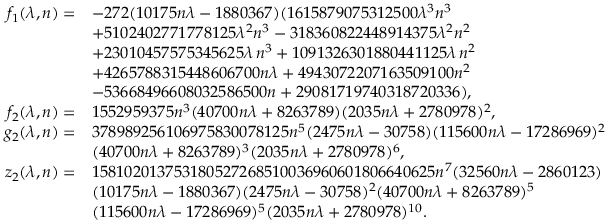
\begin{array} { r l } { f _ { 1 } ( \lambda , n ) = } & { - 2 7 2 ( 1 0 1 7 5 n \lambda - 1 8 8 0 3 6 7 ) ( 1 6 1 5 8 7 9 0 7 5 3 1 2 5 0 0 \lambda ^ { 3 } n ^ { 3 } } \\ & { + 5 1 0 2 4 0 2 7 7 1 7 7 8 1 2 5 \lambda ^ { 2 } n ^ { 3 } - 3 1 8 3 6 0 8 2 2 4 4 8 9 1 4 3 7 5 \lambda ^ { 2 } n ^ { 2 } } \\ & { + 2 3 0 1 0 4 5 7 5 7 5 3 4 5 6 2 5 \lambda \, n ^ { 3 } + 1 0 9 1 3 2 6 3 0 1 8 8 0 4 4 1 1 2 5 \lambda \, n ^ { 2 } } \\ & { + 4 2 6 5 7 8 8 3 1 5 4 4 8 6 0 6 7 0 0 n \lambda + 4 9 4 3 0 7 2 2 0 7 1 6 3 5 0 9 1 0 0 n ^ { 2 } } \\ & { - 5 3 6 6 8 4 9 6 6 0 8 0 3 2 5 8 6 5 0 0 n + 2 9 0 8 1 7 1 9 7 4 0 3 1 8 7 2 0 3 3 6 ) , } \\ { f _ { 2 } ( \lambda , n ) = } & { 1 5 5 2 9 5 9 3 7 5 n ^ { 3 } ( 4 0 7 0 0 n \lambda + 8 2 6 3 7 8 9 ) ( 2 0 3 5 n \lambda + 2 7 8 0 9 7 8 ) ^ { 2 } , } \\ { g _ { 2 } ( \lambda , n ) = } & { 3 7 8 9 8 9 2 5 6 1 0 6 9 7 5 8 3 0 0 7 8 1 2 5 n ^ { 5 } ( 2 4 7 5 n \lambda - 3 0 7 5 8 ) ( 1 1 5 6 0 0 n \lambda - 1 7 2 8 6 9 6 9 ) ^ { 2 } } \\ & { ( 4 0 7 0 0 n \lambda + 8 2 6 3 7 8 9 ) ^ { 3 } ( 2 0 3 5 n \lambda + 2 7 8 0 9 7 8 ) ^ { 6 } , } \\ { z _ { 2 } ( \lambda , n ) = } & { 1 5 8 1 0 2 0 1 3 7 5 3 1 8 0 5 2 7 2 6 8 5 1 0 0 3 6 9 6 0 6 0 1 8 0 6 6 4 0 6 2 5 n ^ { 7 } ( 3 2 5 6 0 n \lambda - 2 8 6 0 1 2 3 ) } \\ & { ( 1 0 1 7 5 n \lambda - 1 8 8 0 3 6 7 ) ( 2 4 7 5 n \lambda - 3 0 7 5 8 ) ^ { 2 } ( 4 0 7 0 0 n \lambda + 8 2 6 3 7 8 9 ) ^ { 5 } } \\ & { ( 1 1 5 6 0 0 n \lambda - 1 7 2 8 6 9 6 9 ) ^ { 5 } ( 2 0 3 5 n \lambda + 2 7 8 0 9 7 8 ) ^ { 1 0 } . } \end{array}